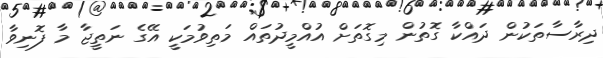
ދިރާސާތަކުން ދައްކާ ގޮތުން މިގޮތަށް އުއްމީދުތައް މަތިވުމަކީ އޭގެ ނަތީޖާ މާ ފޮނިވާ